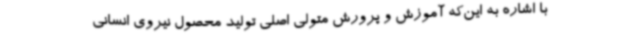
با اشاره به این‌که آموزش و پرورش متولی اصلی تولید محصول نیروی انسانی